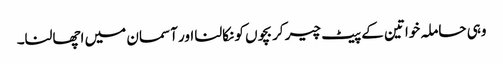
وہی حاملہ خواتین کے پیٹ چیر کر بچوں کو نکالنا اور آسمان میں اچھالنا۔